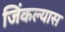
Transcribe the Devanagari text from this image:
जिंकल्यास